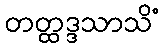
တတ္ထဒ္ဒသာသိံ